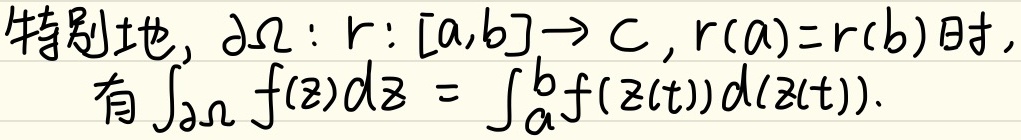
特别地，$\partial\Omega:\ r:[a,b]\to\mathbb{C},r(a)=r(b)$ 时，有 $\int_{\partial\Omega}f(z)dz=\int_{a}^{b}f(z(t))d(z(t))$。